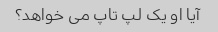
آیا او یک لپ تاپ می خواهد؟